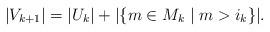
LaTeX: \begin{align*}|V_{k+1}|=|U_k|+|\{m \in M_k\mid m>i_k\}|.\end{align*}